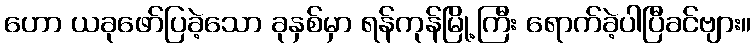
ဟော ယခုဖော်ပြခဲ့သော ခုနှစ်မှာ ရန်ကုန်မြို့ကြီး ရောက်ခဲ့ပါပြီခင်ဗျား။